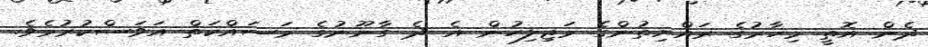
ދެން އޮތީ މިހާރުގެ ރައްޔިތުންގެ މަޖިލިހުން އެ ދެ ގާނޫނުގެ މަސައްކަތް އަވަސްކުރުމެވެ.